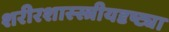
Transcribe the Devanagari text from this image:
शरीरशास्स्त्रीयदृष्ट्या